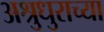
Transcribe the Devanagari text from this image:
अश्रुधुराच्या